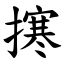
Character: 㩃